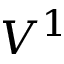
V ^ { 1 }